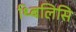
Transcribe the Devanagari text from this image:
थ्बिलिसि